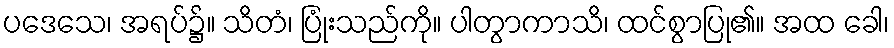
ပဒေသေ၊ အရပ်၌။ သိတံ၊ ပြုံးသည်ကို။ ပါတွာကာသိ၊ ထင်စွာပြု၏။ အထ ခေါ၊